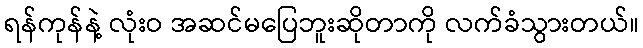
ရန်ကုန်နဲ့ လုံးဝ အဆင်မပြေဘူးဆိုတာကို လက်ခံသွားတယ်။